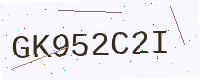
Text: GK952C2I